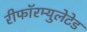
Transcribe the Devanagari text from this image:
रीफॉरम्युलेटेड